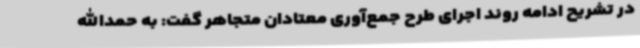
در تشریح ادامه روند اجرای طرح جمع‌آوری معتادان متجاهر گفت: به حمدالله